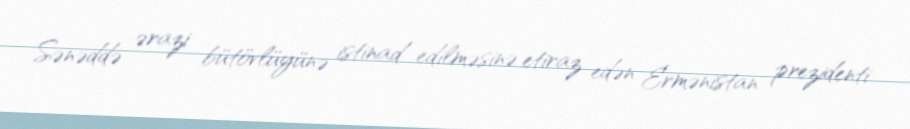
Sənəddə ərazi bütövlüyünə istinad edilməsinə etiraz edən Ermənistan prezidenti